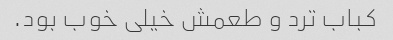
کباب ترد و طعمش خیلی خوب بود.